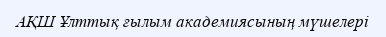
АҚШ Ұлттық ғылым академиясының мүшелері